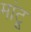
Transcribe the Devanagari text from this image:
मांटू